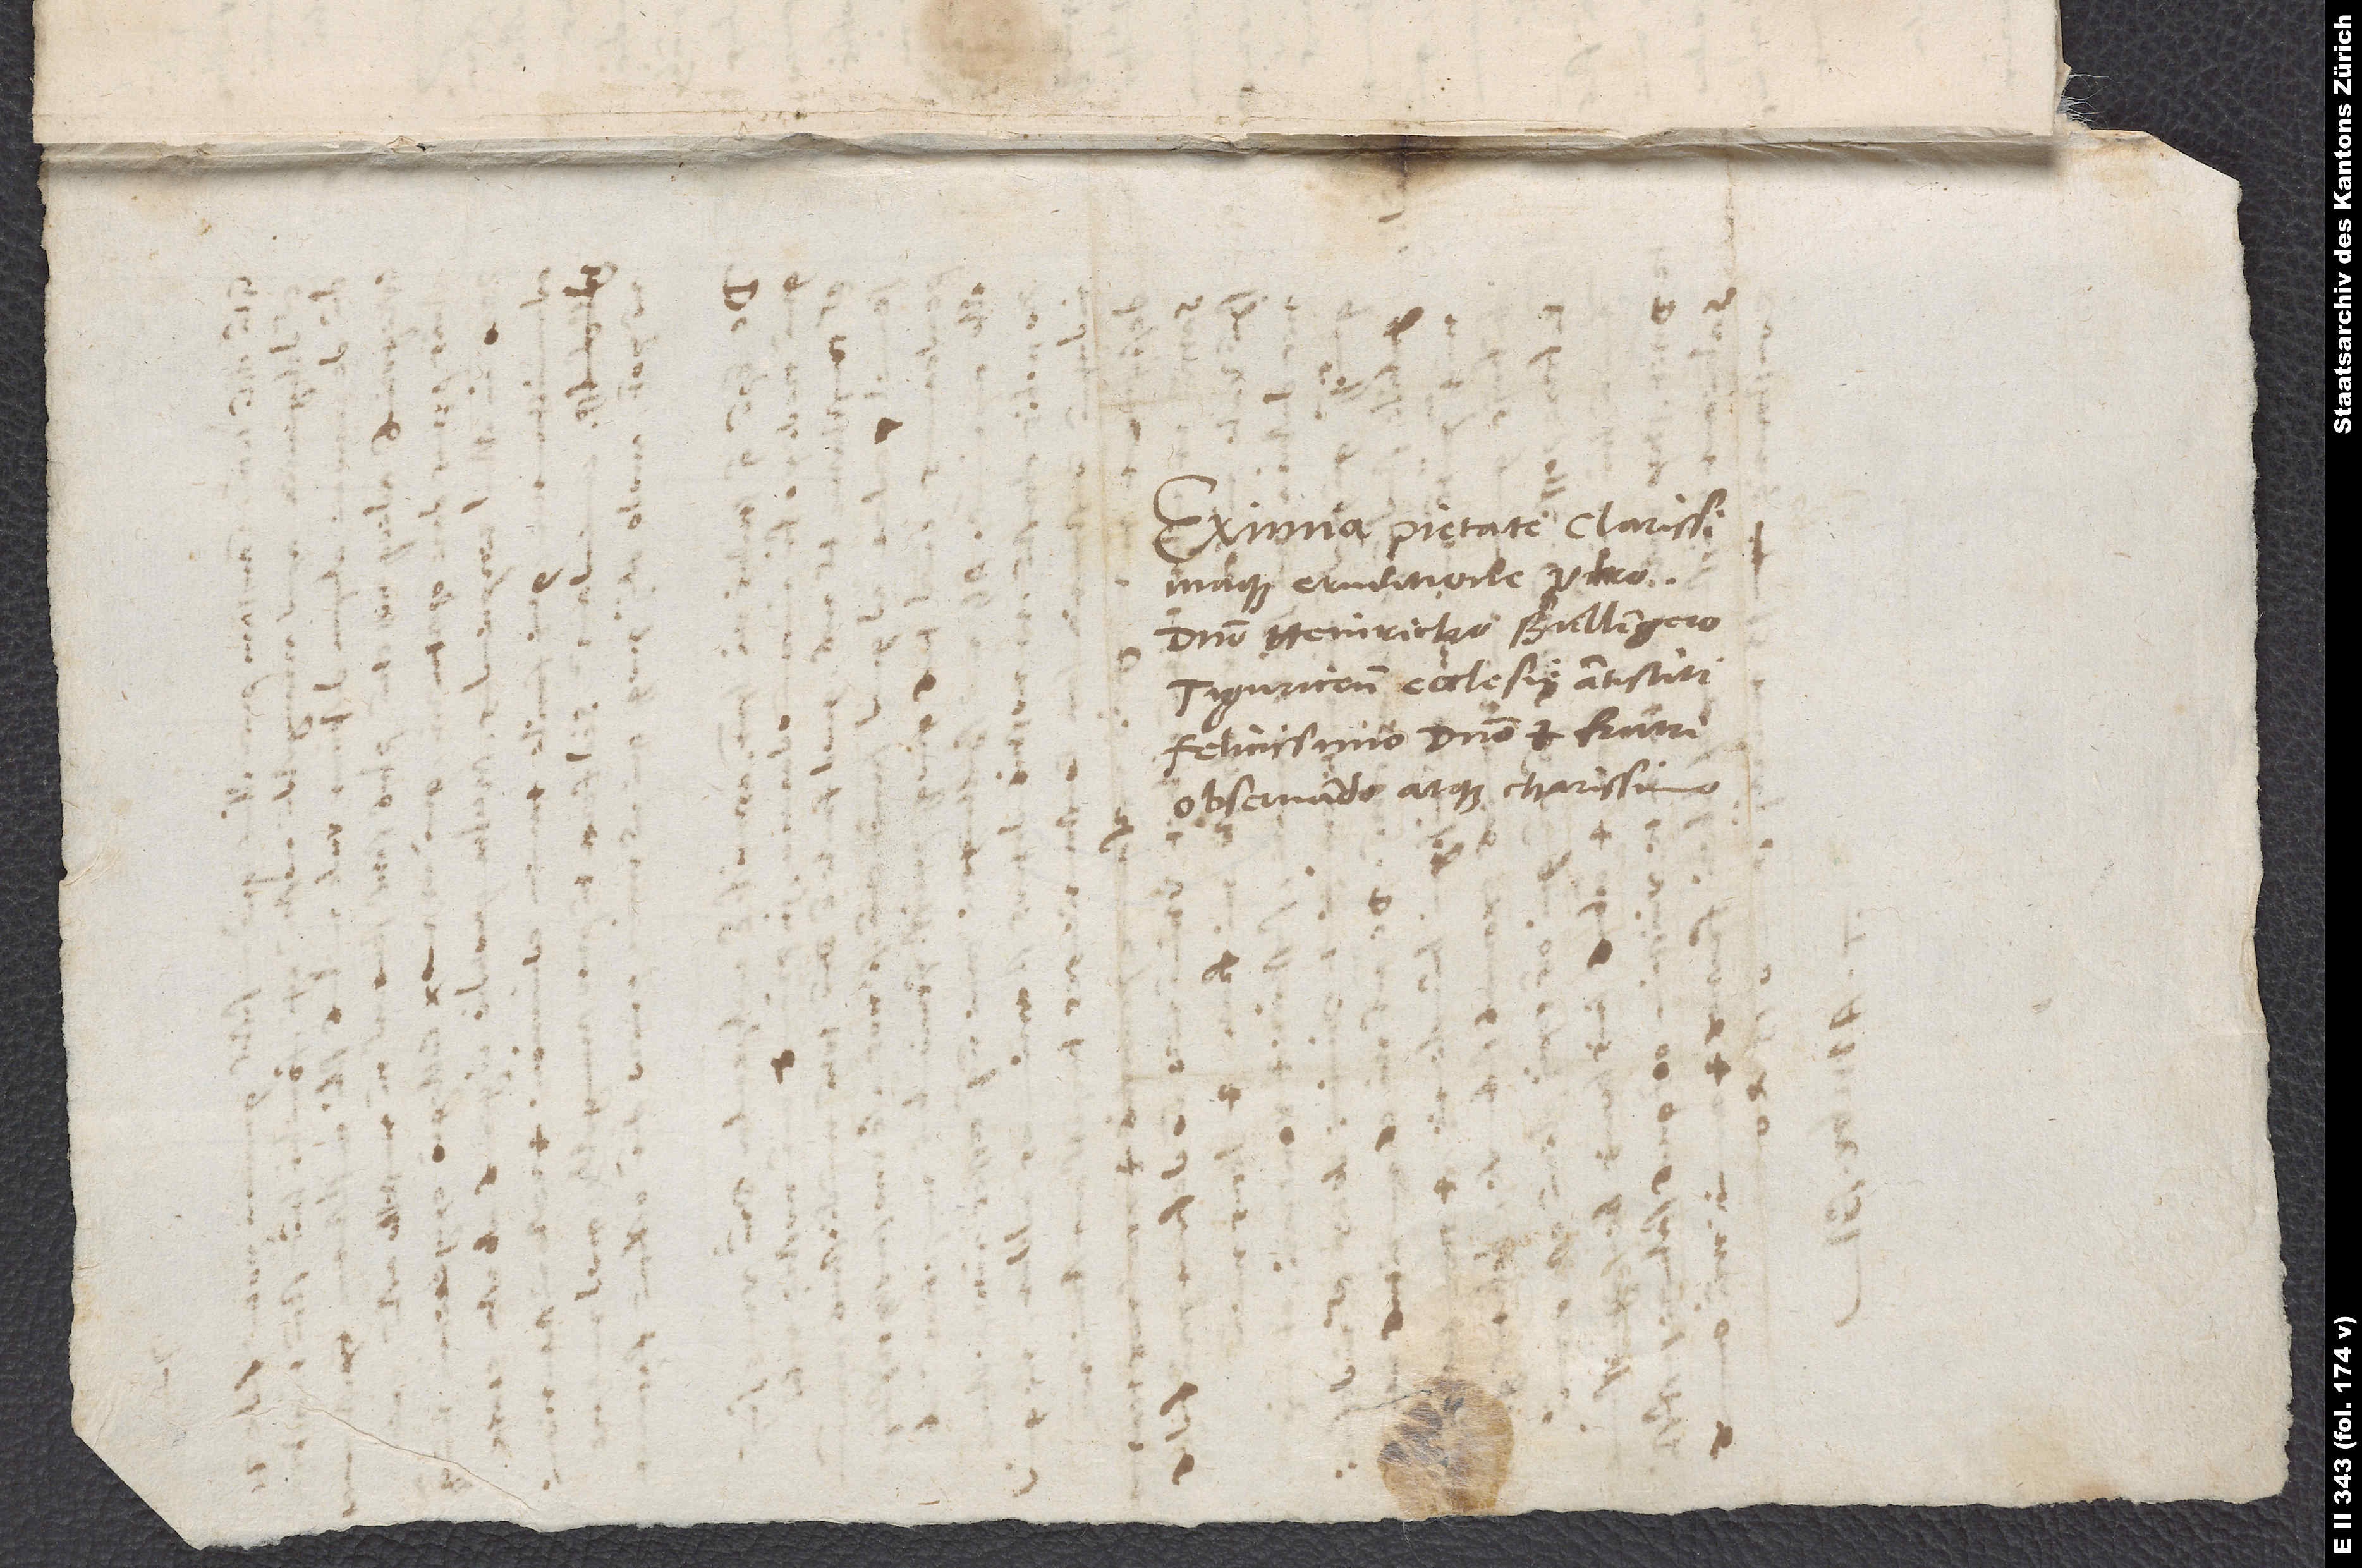
cum
15.
Eximia pietate clarissimaque
eruditione viro
domino Heinricho Bullingero,
Tiguricensis ecclesię antistiti
felicissimo, domino et fratri
observando atque charissimo.

.